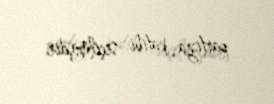
partiya katibi seçilmişdir.